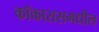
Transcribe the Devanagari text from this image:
कॉकाससमधील